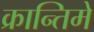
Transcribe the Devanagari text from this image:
क्रान्तिमे